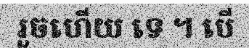
រួចហើយ ទេ ។ បើ